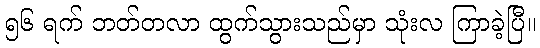
၅၆ ရက် ဘတ်တလာ ထွက်သွားသည်မှာ သုံးလ ကြာခဲ့ပြီ။